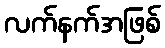
လက်နက်အဖြစ်